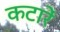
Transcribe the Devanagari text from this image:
कटारें